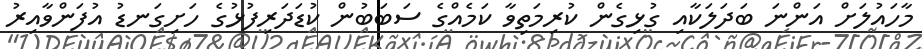
މާހައުލަށް އަންނަ ބަދަލަކާއި ގުޅިގެން ކުރިމަތިވާ ކަމެއްގެ ސަބަބުން ކުޑަދަރިފުޅުގެ ހަށިގަނޑު އުފަންވާއިރު